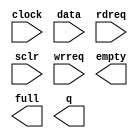
// megafunction wizard: %FIFO%VBB%
// GENERATION: STANDARD
// VERSION: WM1.0
// MODULE: scfifo 

// ============================================================
// Megafunction Name(s):
// 			scfifo
//
// Simulation Library Files(s):
// 			altera_mf
// ============================================================
// ************************************************************
// THIS IS A WIZARD-GENERATED FILE. DO NOT EDIT THIS FILE!
//
// 9.0 Build 132 02/25/2009 SJ Web Edition
// ************************************************************

//Copyright (C) 1991-2009 Altera Corporation
//Your use of Altera Corporation's design tools, logic functions 
//and other software and tools, and its AMPP partner logic 
//functions, and any output files from any of the foregoing 
//(including device programming or simulation files), and any 
//associated documentation or information are expressly subject 
//to the terms and conditions of the Altera Program License 
//Subscription Agreement, Altera MegaCore Function License 
//Agreement, or other applicable license agreement, including, 
//without limitation, that your use is for the sole purpose of 
//programming logic devices manufactured by Altera and sold by 
//Altera or its authorized distributors.  Please refer to the 
//applicable agreement for further details.

module SP_fifo (
	clock,
	data,
	rdreq,
	sclr,
	wrreq,
	empty,
	full,
	q);

	input	  clock;
	input	[15:0]  data;
	input	  rdreq;
	input	  sclr;
	input	  wrreq;
	output	  empty;
	output	  full;
	output	[15:0]  q;

endmodule

// ============================================================
// CNX file retrieval info
// ============================================================
// Retrieval info: PRIVATE: AlmostEmpty NUMERIC "0"
// Retrieval info: PRIVATE: AlmostEmptyThr NUMERIC "-1"
// Retrieval info: PRIVATE: AlmostFull NUMERIC "0"
// Retrieval info: PRIVATE: AlmostFullThr NUMERIC "-1"
// Retrieval info: PRIVATE: CLOCKS_ARE_SYNCHRONIZED NUMERIC "1"
// Retrieval info: PRIVATE: Clock NUMERIC "0"
// Retrieval info: PRIVATE: Depth NUMERIC "4096"
// Retrieval info: PRIVATE: Empty NUMERIC "1"
// Retrieval info: PRIVATE: Full NUMERIC "1"
// Retrieval info: PRIVATE: INTENDED_DEVICE_FAMILY STRING "Cyclone III"
// Retrieval info: PRIVATE: LE_BasedFIFO NUMERIC "0"
// Retrieval info: PRIVATE: LegacyRREQ NUMERIC "1"
// Retrieval info: PRIVATE: MAX_DEPTH_BY_9 NUMERIC "0"
// Retrieval info: PRIVATE: OVERFLOW_CHECKING NUMERIC "0"
// Retrieval info: PRIVATE: Optimize NUMERIC "1"
// Retrieval info: PRIVATE: RAM_BLOCK_TYPE NUMERIC "0"
// Retrieval info: PRIVATE: SYNTH_WRAPPER_GEN_POSTFIX STRING "0"
// Retrieval info: PRIVATE: UNDERFLOW_CHECKING NUMERIC "0"
// Retrieval info: PRIVATE: UsedW NUMERIC "0"
// Retrieval info: PRIVATE: Width NUMERIC "16"
// Retrieval info: PRIVATE: dc_aclr NUMERIC "0"
// Retrieval info: PRIVATE: diff_widths NUMERIC "0"
// Retrieval info: PRIVATE: msb_usedw NUMERIC "0"
// Retrieval info: PRIVATE: output_width NUMERIC "16"
// Retrieval info: PRIVATE: rsEmpty NUMERIC "1"
// Retrieval info: PRIVATE: rsFull NUMERIC "0"
// Retrieval info: PRIVATE: rsUsedW NUMERIC "0"
// Retrieval info: PRIVATE: sc_aclr NUMERIC "0"
// Retrieval info: PRIVATE: sc_sclr NUMERIC "1"
// Retrieval info: PRIVATE: wsEmpty NUMERIC "0"
// Retrieval info: PRIVATE: wsFull NUMERIC "1"
// Retrieval info: PRIVATE: wsUsedW NUMERIC "0"
// Retrieval info: CONSTANT: ADD_RAM_OUTPUT_REGISTER STRING "ON"
// Retrieval info: CONSTANT: INTENDED_DEVICE_FAMILY STRING "Cyclone III"
// Retrieval info: CONSTANT: LPM_NUMWORDS NUMERIC "4096"
// Retrieval info: CONSTANT: LPM_SHOWAHEAD STRING "OFF"
// Retrieval info: CONSTANT: LPM_TYPE STRING "scfifo"
// Retrieval info: CONSTANT: LPM_WIDTH NUMERIC "16"
// Retrieval info: CONSTANT: LPM_WIDTHU NUMERIC "12"
// Retrieval info: CONSTANT: OVERFLOW_CHECKING STRING "ON"
// Retrieval info: CONSTANT: UNDERFLOW_CHECKING STRING "ON"
// Retrieval info: CONSTANT: USE_EAB STRING "ON"
// Retrieval info: USED_PORT: clock 0 0 0 0 INPUT NODEFVAL clock
// Retrieval info: USED_PORT: data 0 0 16 0 INPUT NODEFVAL data[15..0]
// Retrieval info: USED_PORT: empty 0 0 0 0 OUTPUT NODEFVAL empty
// Retrieval info: USED_PORT: full 0 0 0 0 OUTPUT NODEFVAL full
// Retrieval info: USED_PORT: q 0 0 16 0 OUTPUT NODEFVAL q[15..0]
// Retrieval info: USED_PORT: rdreq 0 0 0 0 INPUT NODEFVAL rdreq
// Retrieval info: USED_PORT: sclr 0 0 0 0 INPUT NODEFVAL sclr
// Retrieval info: USED_PORT: wrreq 0 0 0 0 INPUT NODEFVAL wrreq
// Retrieval info: CONNECT: @data 0 0 16 0 data 0 0 16 0
// Retrieval info: CONNECT: q 0 0 16 0 @q 0 0 16 0
// Retrieval info: CONNECT: @wrreq 0 0 0 0 wrreq 0 0 0 0
// Retrieval info: CONNECT: @rdreq 0 0 0 0 rdreq 0 0 0 0
// Retrieval info: CONNECT: @clock 0 0 0 0 clock 0 0 0 0
// Retrieval info: CONNECT: full 0 0 0 0 @full 0 0 0 0
// Retrieval info: CONNECT: empty 0 0 0 0 @empty 0 0 0 0
// Retrieval info: CONNECT: @sclr 0 0 0 0 sclr 0 0 0 0
// Retrieval info: LIBRARY: altera_mf altera_mf.altera_mf_components.all
// Retrieval info: GEN_FILE: TYPE_NORMAL SP_fifo.v TRUE
// Retrieval info: GEN_FILE: TYPE_NORMAL SP_fifo.inc FALSE
// Retrieval info: GEN_FILE: TYPE_NORMAL SP_fifo.cmp FALSE
// Retrieval info: GEN_FILE: TYPE_NORMAL SP_fifo.bsf TRUE FALSE
// Retrieval info: GEN_FILE: TYPE_NORMAL SP_fifo_inst.v TRUE
// Retrieval info: GEN_FILE: TYPE_NORMAL SP_fifo_bb.v TRUE
// Retrieval info: GEN_FILE: TYPE_NORMAL SP_fifo_waveforms.html TRUE
// Retrieval info: GEN_FILE: TYPE_NORMAL SP_fifo_wave*.jpg FALSE
// Retrieval info: LIB_FILE: altera_mf